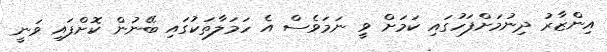
އިންޒާރު ދިނުމަށްފަހުގައި ކަމަށް ވީ ނަމަވެސް އެ ހަމަލާތަކުގައި ބޭނުން ކޮށްފައި ވަނީ